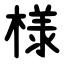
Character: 様